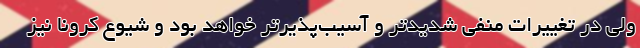
ولی در تغییرات منفی شدیدتر و آسیب‌پذیرتر خواهد بود و شیوع کرونا نیز